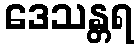
ဒေသန္တရ